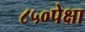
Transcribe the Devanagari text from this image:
८५०पेक्षा